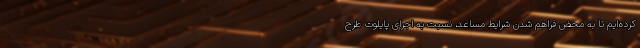
کرده‌ایم تا به محض فراهم شدن شرایط مساعد، نسبت به اجرای پایلوت طرح